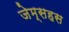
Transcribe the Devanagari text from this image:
जेम्सहस